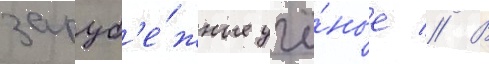
заруб'е́жные учё́ные // В